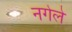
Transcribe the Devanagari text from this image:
नगेले